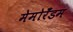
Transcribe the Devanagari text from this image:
मेमोरँडम